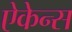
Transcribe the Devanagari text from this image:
ऐकेन्स